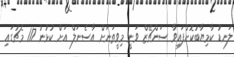
ލަނޑު ކާމިޔާބުކޮށްފައިވާ ސަންޗޭޒް ވަނީ މިވީތަނަށް އާސެނަލް އަށް ކުޅުނު 117 މެޗުގައި